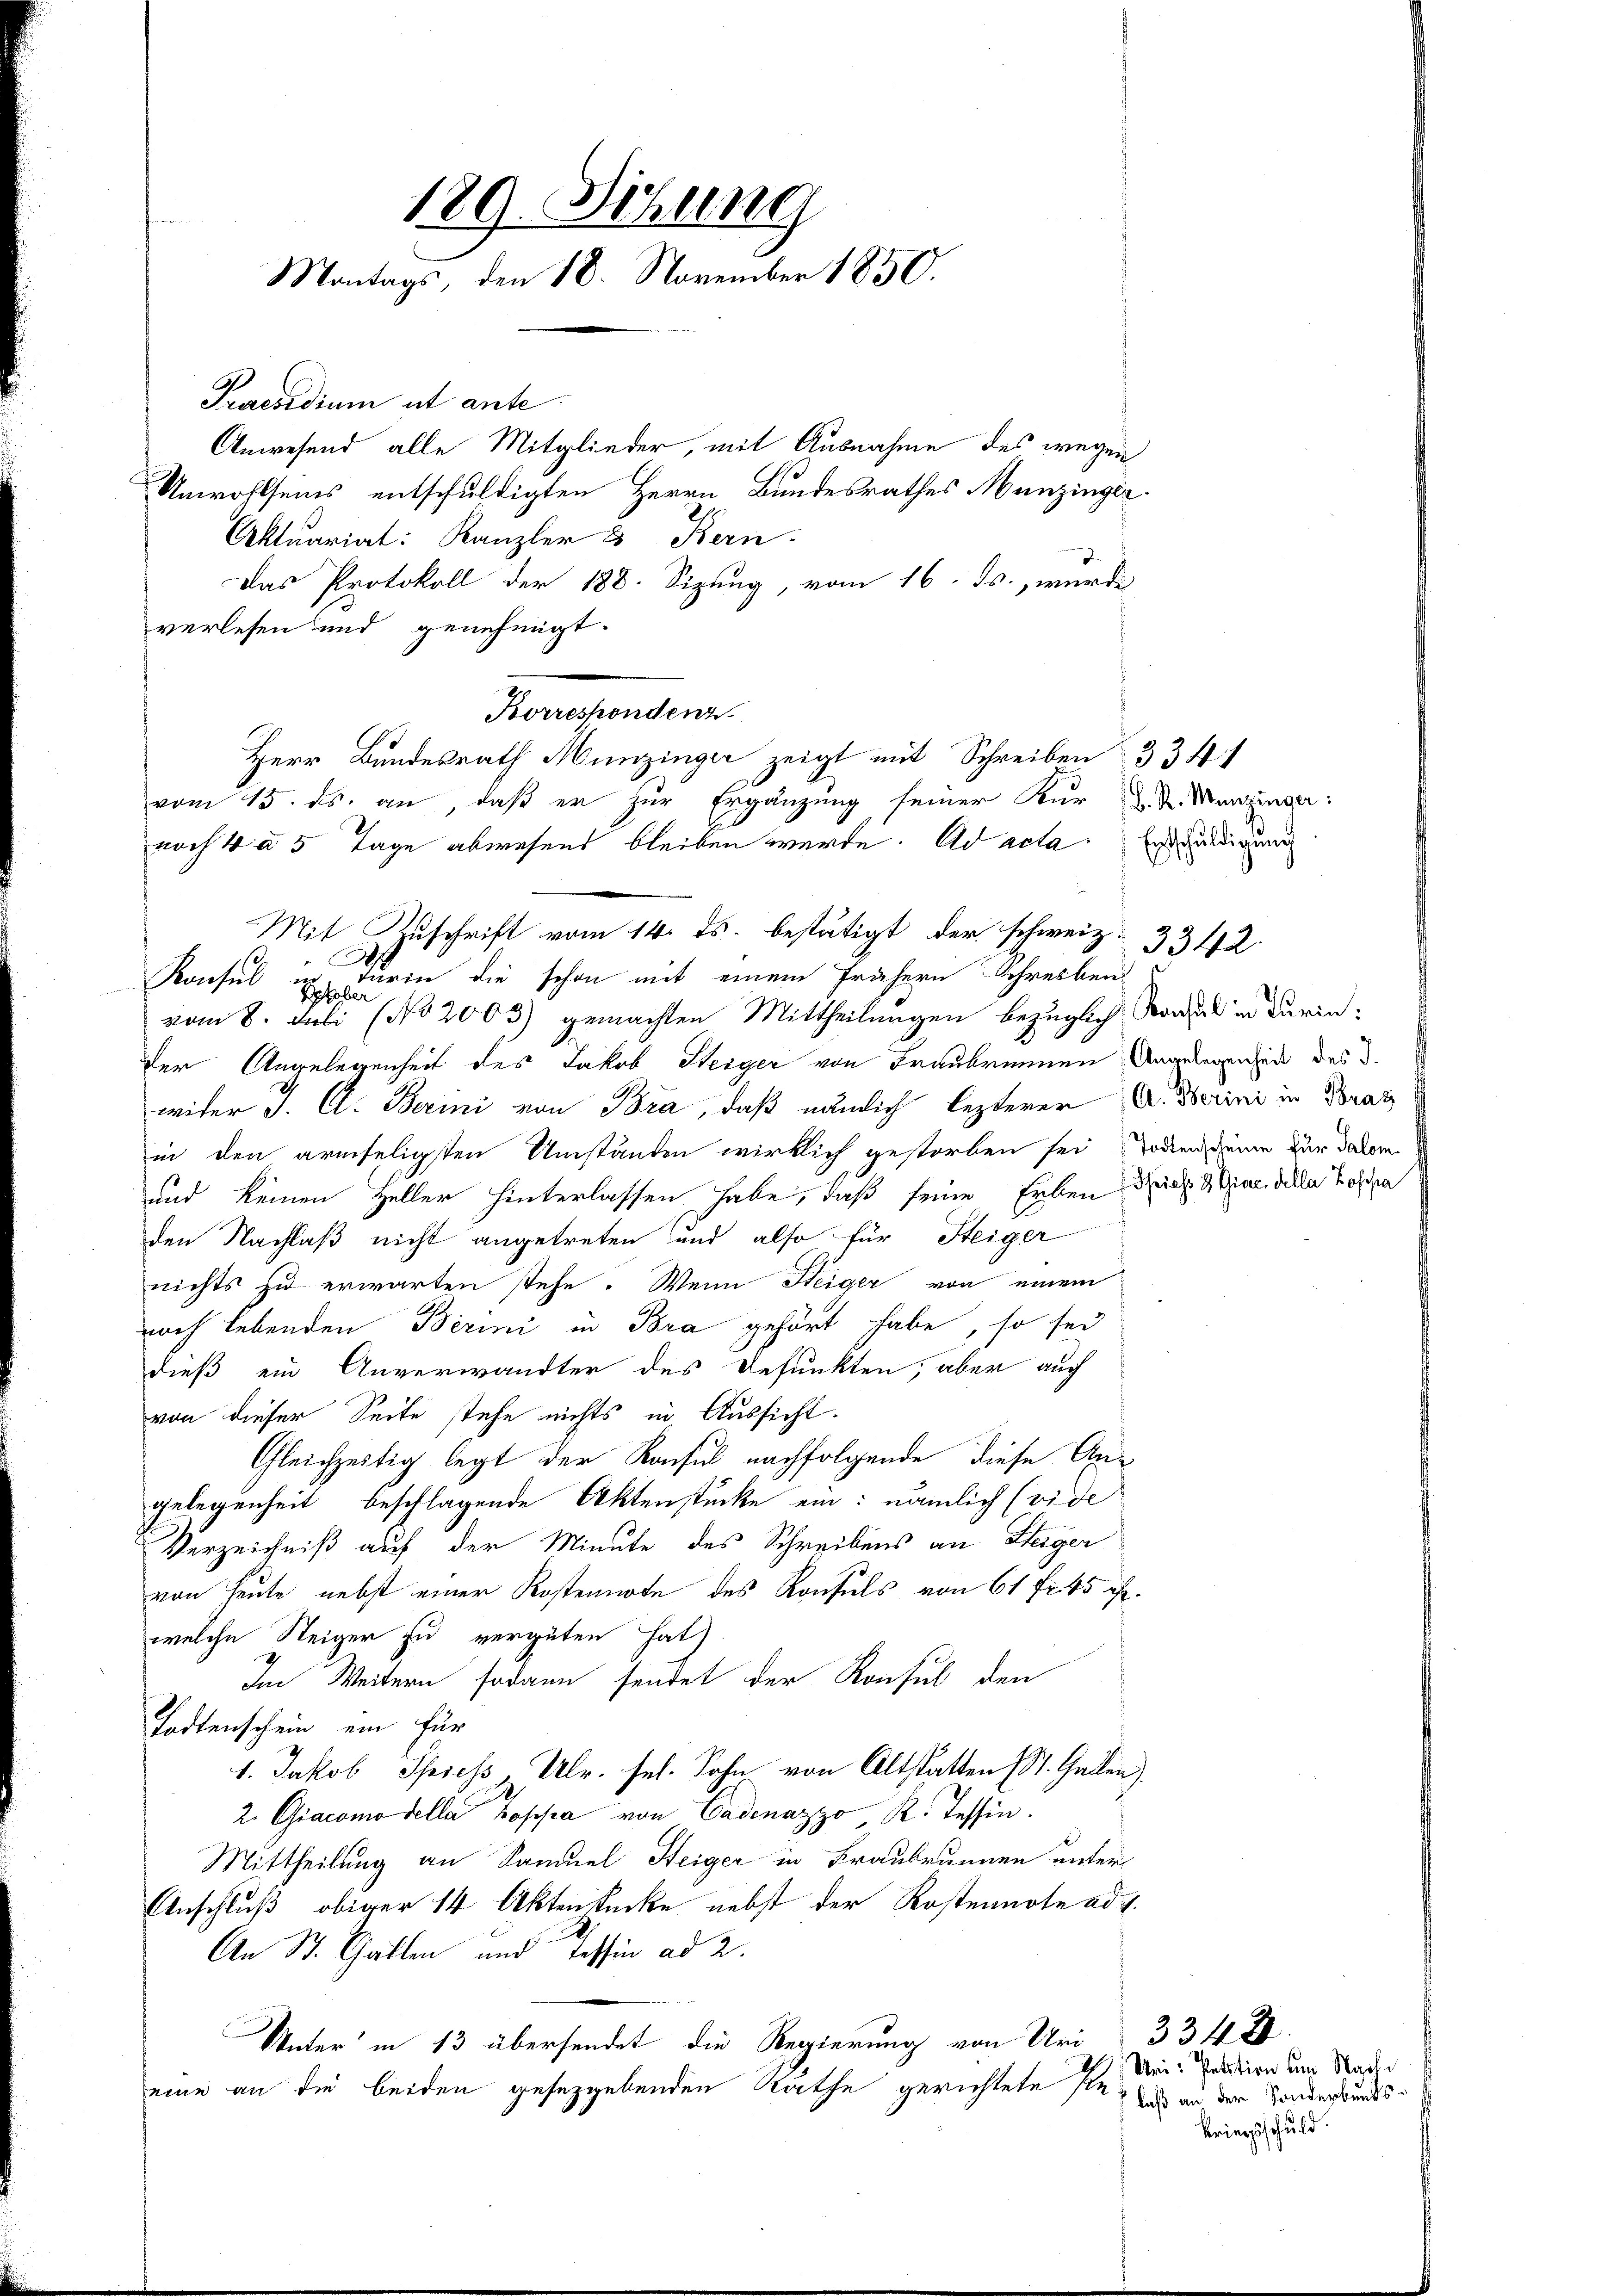
Praesidium et ante.
Anwesend alle Mitglieder, mit Ausnahme des wegen
Unwohlseins entschuldigten Herrn Bundesrathes Munzinger
Aktuariat: Kanzler 3 Bern
Das Protokoll der 188. Sizung, vom 16. ds., wurde
Korrespondenz
Mit Zuschrift vom 14. ds. bestätigt, der schweiz.
.
Konsul u. Turin die schon mit einem frühern Schreiben
Rober
vom 8. Juli (No 2003) gemachten Mittheilungen bezüglich, Konsul in darinder Angelegenheit des Jakob Herger von Fraubrunnen Angelegen in des
wider J. C. Berini von Bra, daß nämlich lezterer A. Herini in Bratz
in den armseligsten Umständen wirklich gestorben sei Todten scheine zur davon
und keinen Heller hinterlassen habe, daß seine Erben dich ain alle Testa
den Nachlaß nicht angetreten und also für Steiger
nichts zu erwarten stehe. Wenn Heiger von einem
nach lebenden Berini in Bra gehört habe, so sei
dieß ein Anverwandter des Gesunkten, aber auch
von dieser Seite stehe nichts in Aussicht.
Gleichzeitig legt der Konsul nachfolgende diese Angelegenheit beschlagende Aktenstücke ein: nämlich (vide
Verzeichniß auf der Minute des Schreibens an Steiger
von Heute nebst einer Kostennote des Konsuls von 61 fr 45 ihr.
welche Steiger zu vergüten hat)
Im Weitern sodann sendet der Konsul den
Todtenschein ein für
1. Jakob Spiess, Ulr. sel. Sohn von Altstatten St. Gallen)
2. Giacomo della Hopsa von Cadenazzo R. Tessin.
Mittheilung an Samuel Heiger in Fraubrunnen unter
Anschluß obiger 14 Aktenstücke nebst der Kostennote ad 1.
An St. Gallen und Tessin ad 2.
Unter in 13 übersendet die Regierung von Uri 334 f.
eine an die beiden gesetzgebenden Räthe gerichtete Pe¬

129. Sitzung
Montags, den 18. November 1850.

verlesen und genehmigt.

Herr Bundesrath Munzinger zeigt mit Schreiben 3341
vom 15. ds. an, daß er zur Ergänzung seiner Kur d. d. Menzinger:
noch 4 a 5 Tage abwesend bleiben wurde. Ad acta Er die

Uri: Petition um Nachi
laß an der Sonderbands¬
Kriegsschuld.

3342.